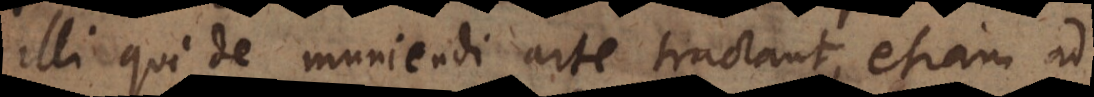
illi qui de muniendi arte tractant, etiam ad